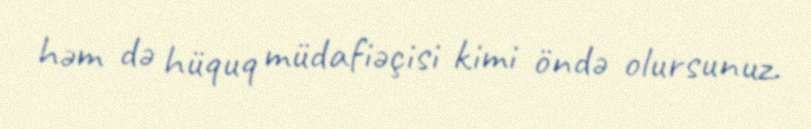
həm də hüquq müdafiəçisi kimi öndə olursunuz.